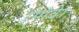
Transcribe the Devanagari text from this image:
रमावे।